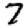
Digit: 7